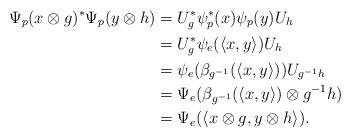
LaTeX: \begin{align*} \Psi_p(x\otimes g)^* \Psi_p(y\otimes h) &= U_g^* \psi_p^*(x) \psi_p(y) U_h \\ &= U_g^* \psi_{e}(\langle x,y\rangle) U_h \\ &= \psi_{e}(\beta_{g^{-1}}(\langle x,y\rangle)) U_{g^{-1}h} \\ &= \Psi_{e}(\beta_{g^{-1}}(\langle x,y\rangle)\otimes g^{-1} h) \\ &= \Psi_{e}(\langle x\otimes g, y\otimes h\rangle). \end{align*}